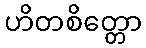
ဟိတစိတ္တော